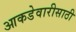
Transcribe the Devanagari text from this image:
आकडेवारीसाठी